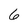
Character: 6